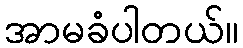
အာမခံပါတယ်။